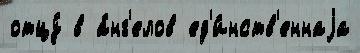
отцу́ в а́нг'елов ед'и́нств'еннаjа